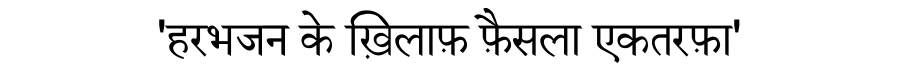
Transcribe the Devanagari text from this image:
'हरभजन के ख़िलाफ़ फ़ैसला एकतरफ़ा'